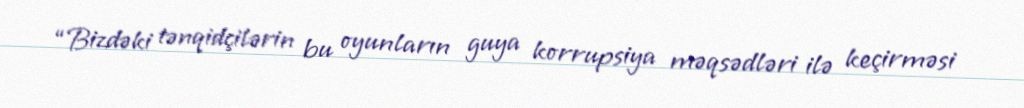
“Bizdəki tənqidçilərin bu oyunların guya korrupsiya məqsədləri ilə keçirməsi